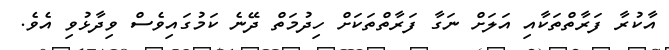
އާކުރާ ފަރާތްތަކާއި އަލަށް ނަގާ ފަރާތްތަކަށް ހިދުމަތް ދޭނެ ކަމުގައިވެސް ވިދާޅުވި އެވެ.